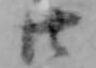
廿